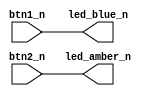
module button_test (
        input btn1_n,
        input btn2_n,
	output led_blue_n,
        output led_amber_n
);

assign led_blue_n  = btn1_n;
assign led_amber_n = btn2_n;  

endmodule